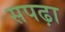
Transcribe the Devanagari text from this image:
सपढ़ा